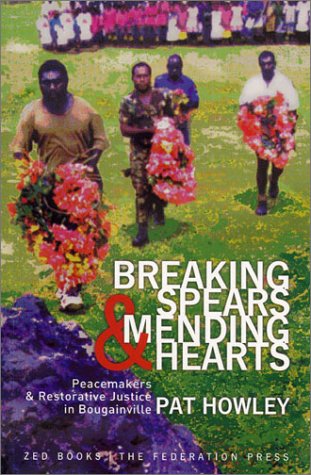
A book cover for Breaking Spears and Mending Hearts: Peacemakers and Restorative Justice in Bougainville; Pat Howley; History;